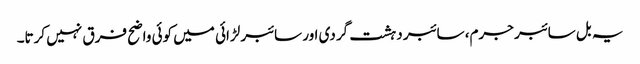
یہ بل سائبر جرم، سائبر دہشت گردی اور سائبر لڑائی میں کوئی واضح فرق نہیں کرتا۔